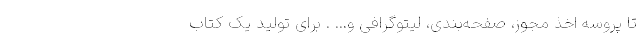
تا پروسه اخذ مجوز، صفحه‌بندی، لیتوگرافی و... . برای تولید یک کتاب